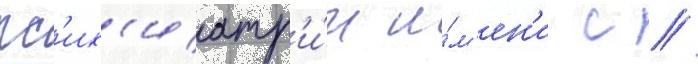
пс'их'иатр'и́и и́м'ен'и с //